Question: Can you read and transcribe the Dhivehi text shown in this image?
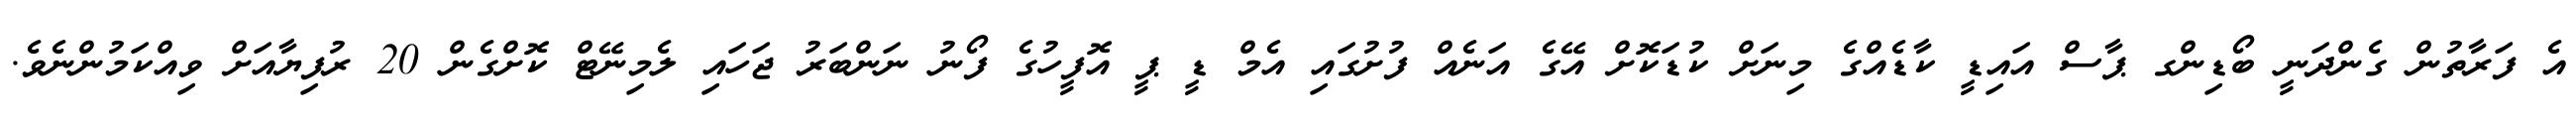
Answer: އެ ފަރާތުން ގެންދަނީ ބޯޑިންގ ޕާސް އައިޑީ ކާޑެއްގެ މިނަށް ކުޑަކޮށް އޭގެ އަނެއް ފުށުގައި އެމް ޑީ ޕީ އޮފީހުގެ ފޯނު ނަންބަރު ޖަހައި ލެމިނޭޓް ކޮށްގެން 20 ރުފިޔާއަށް ވިއްކަމުންނެވެ.